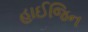
હાઈજિન